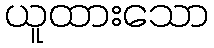
ယူထားသော